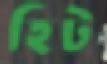
হিট